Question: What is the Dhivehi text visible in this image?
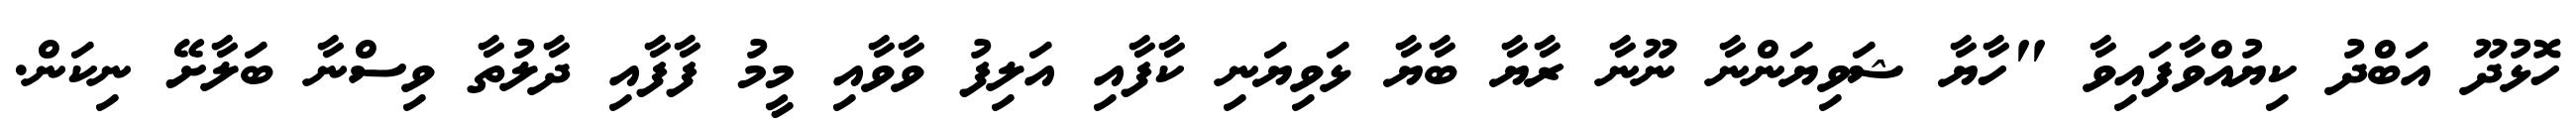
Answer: ހޮޅުދޫ އަބްދު ކިޔުއްވާފައިވާ "ހާޔާ ޝަވިޔަންނާ ނޫނާ ރާޔާ ބާޔާ ޅަވިޔަނި ކާފާއި އަލިފު ވާވާއި މީމު ފާފާއި ދާލުތާ ވިސްނާ ބަލާށޭ ނިކަން.